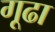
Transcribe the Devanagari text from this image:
गूढा